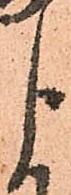
よ